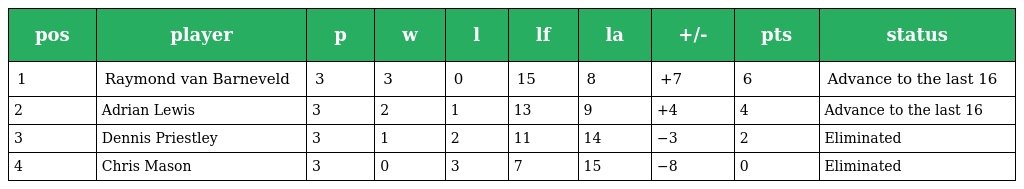
| pos | player | p | w | l | lf | la | +/- | pts | status |
 | --- | --- | --- | --- | --- | --- | --- | --- | --- | --- |
 | 1 | Raymond van Barneveld | 3 | 3 | 0 | 15 | 8 | +7 | 6 | Advance to the last 16 |
 | 2 | Adrian Lewis | 3 | 2 | 1 | 13 | 9 | +4 | 4 | Advance to the last 16 |
 | 3 | Dennis Priestley | 3 | 1 | 2 | 11 | 14 | −3 | 2 | Eliminated |
 | 4 | Chris Mason | 3 | 0 | 3 | 7 | 15 | −8 | 0 | Eliminated |